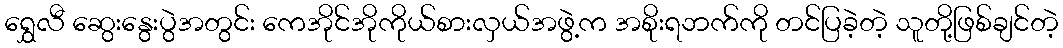
ရွှေလီ ဆွေးနွေးပွဲအတွင်း ကေအိုင်အိုကိုယ်စားလှယ်အဖွဲ့က အစိုးရဘက်ကို တင်ပြခဲ့တဲ့ သူတို့ဖြစ်ချင်တဲ့